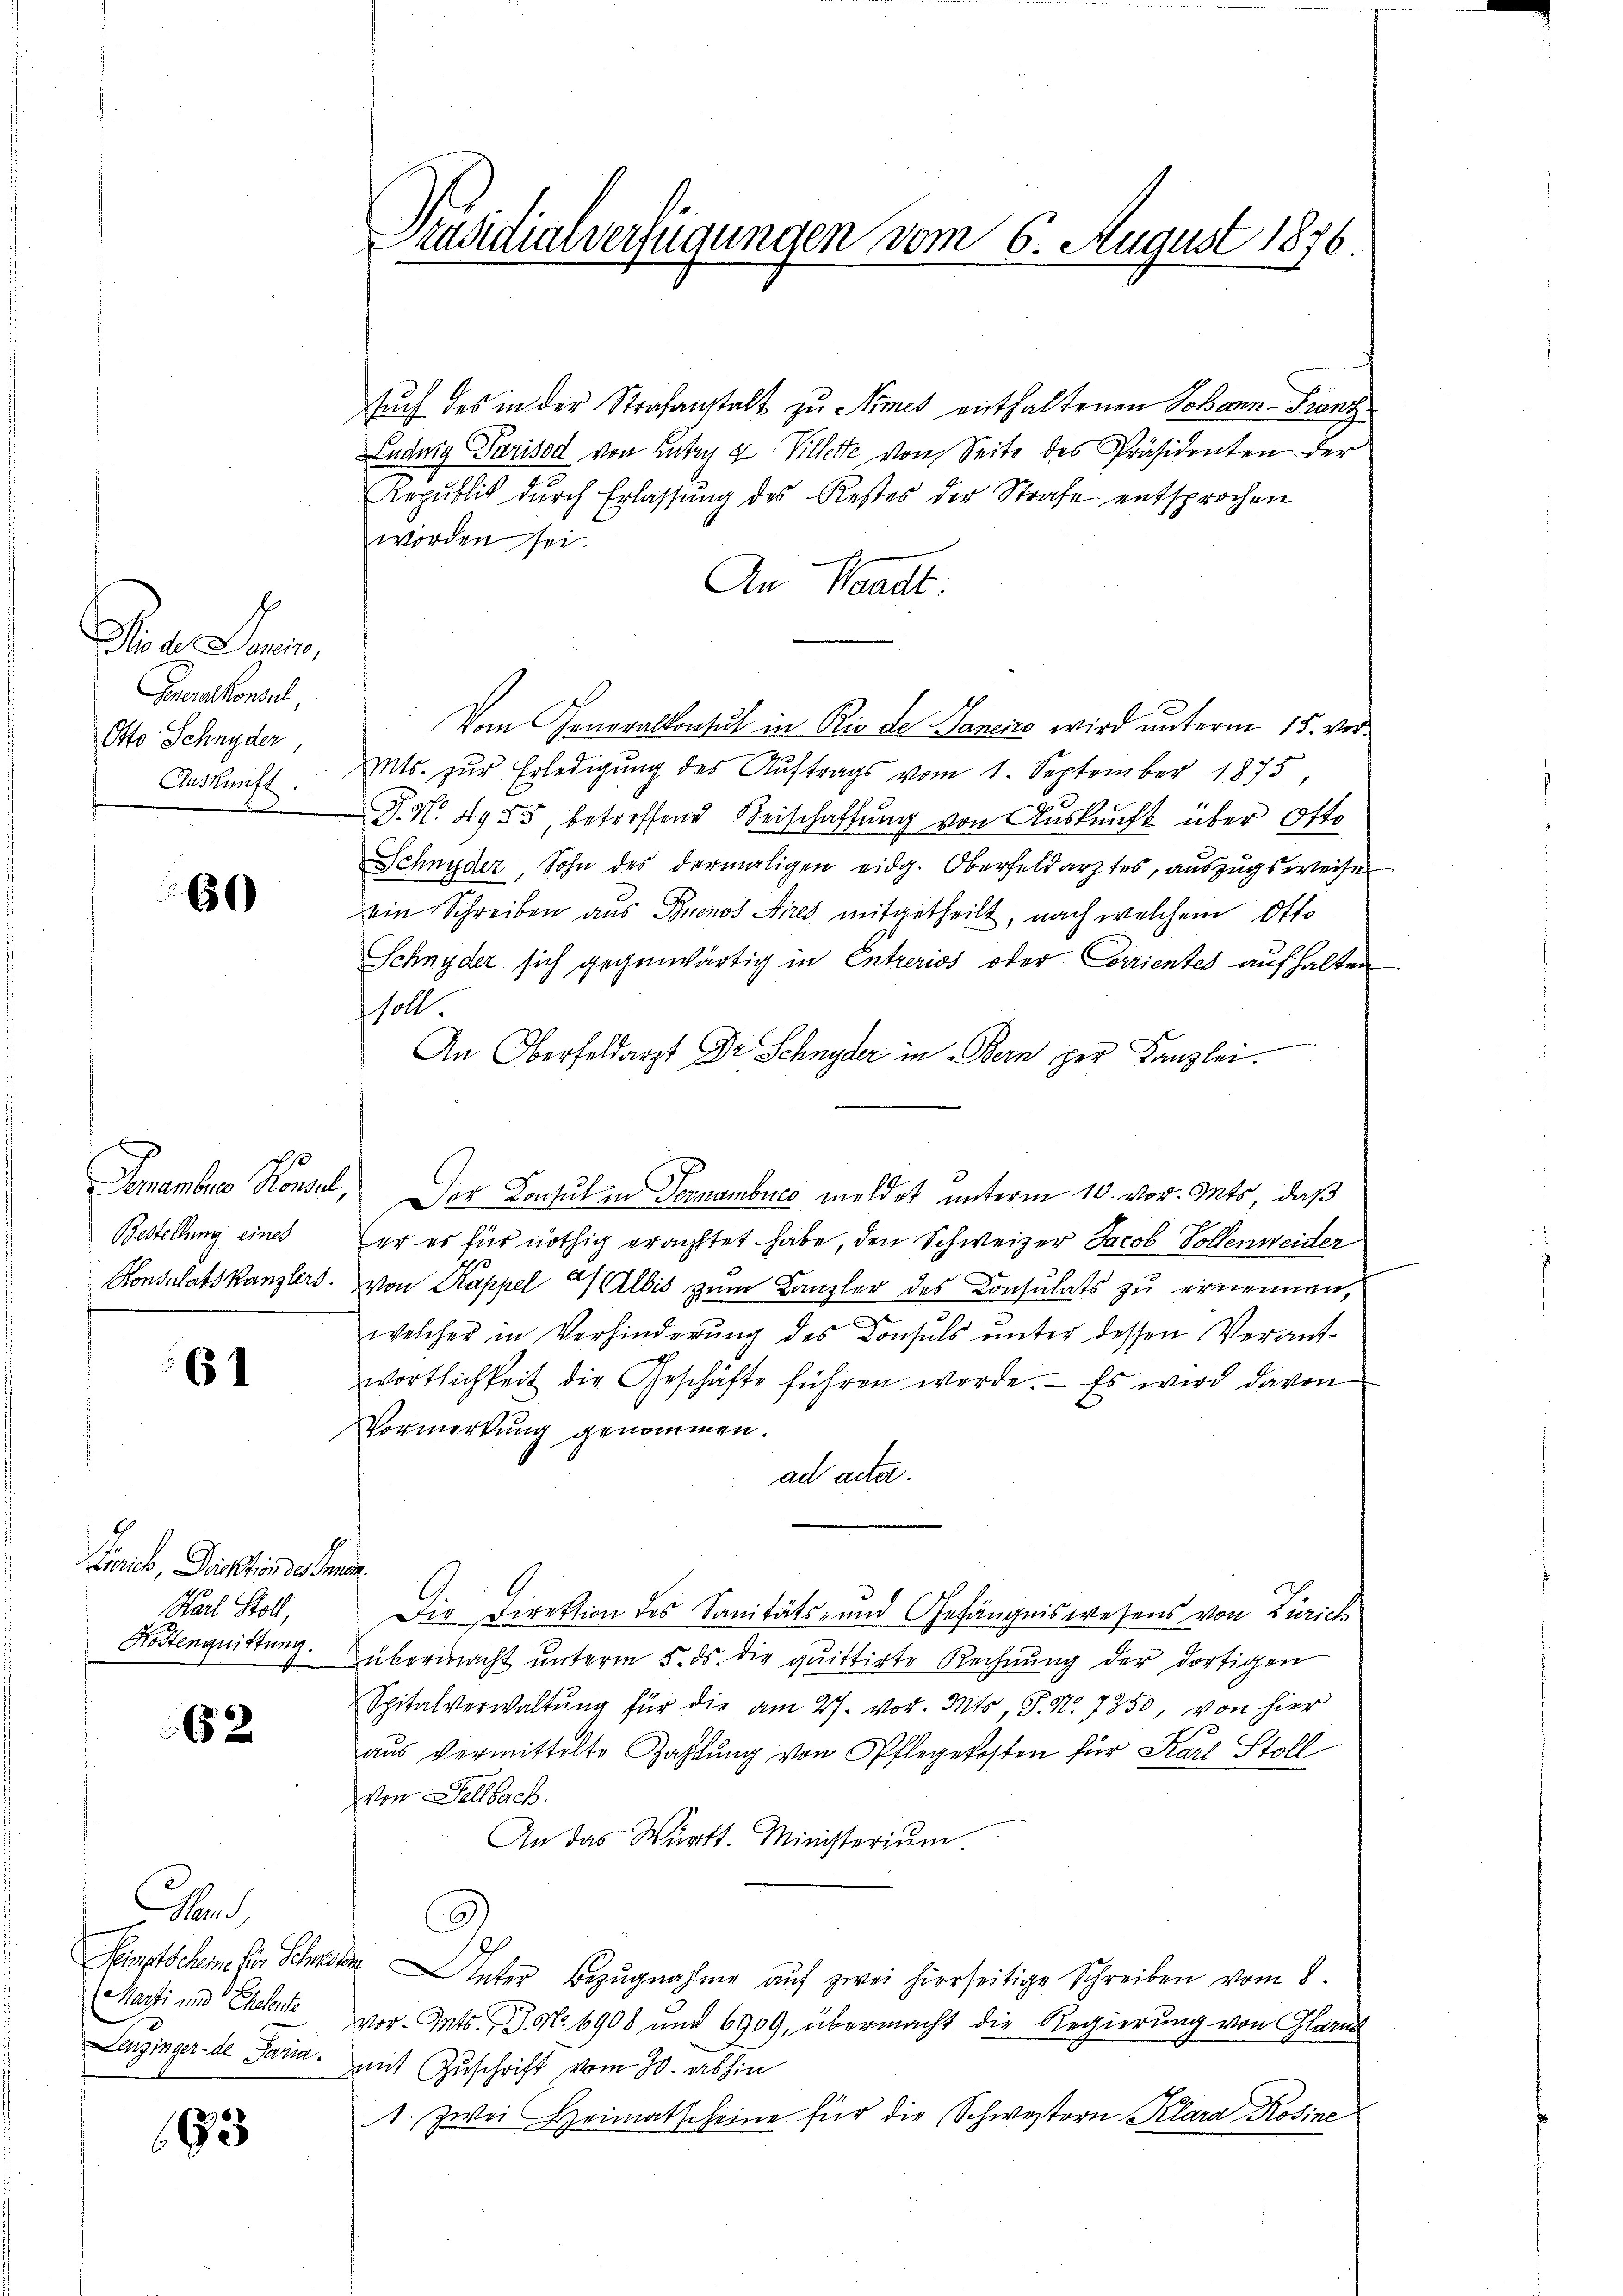
Die der Danein,
Generalkonsul,
Otto Schnyder,
Auskunft.

60

Bestellung eines
Konsulats Kanzlers.

651

Paris, Direktion des Grun
Karl Stoll,
Kostenquittung.

62

Con
Kemptschein für Schwes
(Marti und Eheleite
Lenzinger- de Paria.

193

rusidialverfügungen vom 6. August 1876
s

sŭch des in der Strafanstalt zu Nimes enthaltenen Johann-Franz¬
Luduig Parisod von Lutry & Villette von Seite des Präsidenten der
Republik dŭrch Erlassŭng des Restes der Strafe entsprochen
worden sei.
An Waadt
Vom Generalkonsul in Rio de Sanens wird unterm 15. vor¬
Mts. zur Erledigung des Auftrags vom 1. September 1875,
J. N. 4955, betreffend Beischaffung von Auskunft über Otto
Schnyder, Sohn des dermaligen eidg. Oberfeldarztes, auszugsweise
ein Schreiben aus Buenos Aires mitgetheilt, nach welchem Otto
Schnyder sich gegenwärtig in Entreriss oder Corrientes aufhalten
soll.
An Oberfeldarzt Dr. Schnyder in Bern per Kanzlei.
Demambre Konsul, Der Consul in Ternembucc meldet unterm 10. vor. Mts, daß
er es für nöthig erachtet habe, den Schweizer Jacob Vollenweider
von Kappel 9 Albis zum Kanzler des Consulats zu ernennen,
welcher in Verhinderŭng des Consuls ŭnter dessen Verant-
wortlichkeit die Geschäfte führen werde. Es wird davon
Vormerkung genommen.
ad acta.
Die Direktion des Sanitäts- und Gefängniswesens von Zürich
übermacht ŭnterm 5. ds. die quittirte Rechnŭng der dortigen
Spitalverwaltŭng für die am 27. vor. Mts. S. Nr. 7350, von hier
aŭs vermittelte Zahlŭng von Pflegekosten für Karl Stoll
von Fellbach.
An das Württ. Ministerium.
de Unter Bezugnahme auf zwei hierseitige Schreiben vom 1.
vor. Mts., S. No 6908 und 6909, übermacht die Regierung von Glarus
mit Zuschrift vom 30. abhin
1. Zwei Heimatscheine für die Schwestern Klara Rosine

n